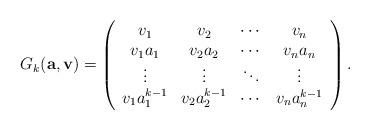
LaTeX: \begin{align*} G_{k}(\textbf{a}, \textbf{v})=\left( \begin{array}{cccc} v_{1} & v_{2} & \cdots & v_{n} \\ v_{1}a_{1} & v_{2}a_{2} & \cdots & v_{n}a_{n} \\ \vdots & \vdots & \ddots & \vdots \\ v_{1}a_{1}^{k-1} & v_{2}a_{2}^{k-1} & \cdots & v_{n}a_{n}^{k-1} \\ \end{array} \right).\end{align*}